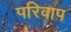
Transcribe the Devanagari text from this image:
परिवाप